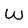
Character: W